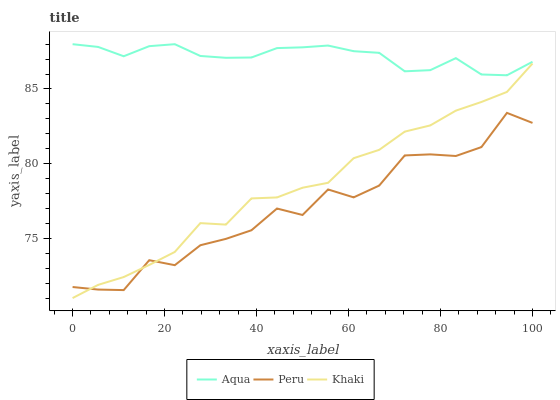
| xaxis_label | Aqua | Peru | Khaki |
 | --- | --- | --- | --- |
 | 0 | 88 | 71.7 | 71 |
 | 5.56 | 87.8 | 71.6 | 71.9 |
 | 11.1 | 87.2 | 71.5 | 72.4 |
 | 16.7 | 87.9 | 73.5 | 73.2 |
 | 22.2 | 88 | 73.2 | 74.1 |
 | 27.8 | 87.2 | 74.5 | 76 |
 | 33.3 | 87.1 | 75 | 75.9 |
 | 38.9 | 87.1 | 75.5 | 77.7 |
 | 44.4 | 87.7 | 77 | 77.7 |
 | 50 | 87.8 | 76.6 | 78.4 |
 | 55.6 | 87.9 | 78.3 | 78.7 |
 | 61.1 | 87.5 | 77.7 | 80.4 |
 | 66.7 | 87.4 | 78.5 | 80.9 |
 | 72.2 | 86.2 | 80.6 | 82.1 |
 | 77.8 | 86.3 | 80.6 | 82.6 |
 | 83.3 | 87.1 | 80.5 | 83.6 |
 | 88.9 | 86 | 81.1 | 84.1 |
 | 94.4 | 85.9 | 83.4 | 84.8 |
 | 100 | 86.8 | 82.7 | 86.7 |